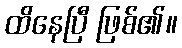
ထိနေပြီ ဖြစ်၏။